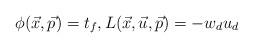
LaTeX: \begin{align*}\phi(\vec{x},\vec{p})=t_f,L(\vec{x},\vec{u},\vec{p})=-w_{d}u_d\end{align*}